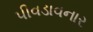
પીવડાવનાર